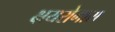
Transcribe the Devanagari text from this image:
क्षयरोगास